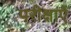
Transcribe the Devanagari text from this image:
परीक्षाऐं